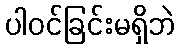
ပါဝင်ခြင်းမရှိဘဲ